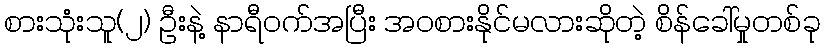
စားသုံးသူ(၂) ဦးနဲ့ နာရီဝက်အပြီး အဝစားနိုင်မလားဆိုတဲ့ စိန်ခေါ်မှုတစ်ခု